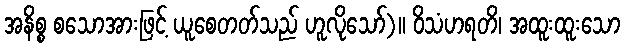
အနိစ္စ စသောအားဖြင့် ယူစေတတ်သည် ဟူလိုသော်)။ ဝိသံဟရတိ၊ အထူးထူးသော